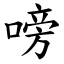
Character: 嗙